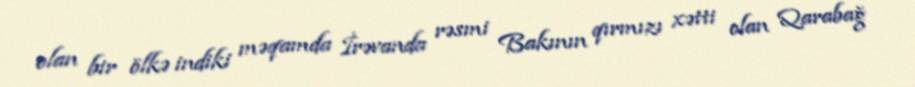
olan bir ölkə indiki məqamda İrəvanda rəsmi Bakının qırmızı xətti olan Qarabağ